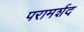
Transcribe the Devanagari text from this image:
परामर्शद